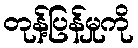
တုန့်ပြန်မှုကို